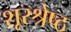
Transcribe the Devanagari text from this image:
शूरश्रेष्ठ